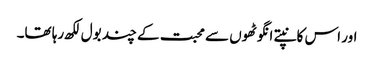
اور اس کانپتے انگوٹھوں سے محبت کے چند بول لکھ رہا تھا۔